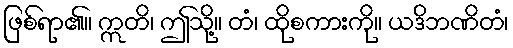
ဖြစ်ရာ၏။ ဣတိ၊ ဤသို့။ တံ၊ ထိုစကားကို။ ယဒိဘဏိတံ၊